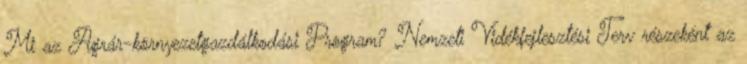
Mi az Agrár-környezetgazdálkodási Program? Nemzeti Vidékfejlesztési Terv részeként az